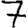
Digit: 7